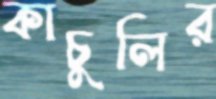
কাচুলির